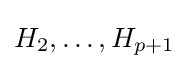
H_{2},\ldots ,H_{p+1}